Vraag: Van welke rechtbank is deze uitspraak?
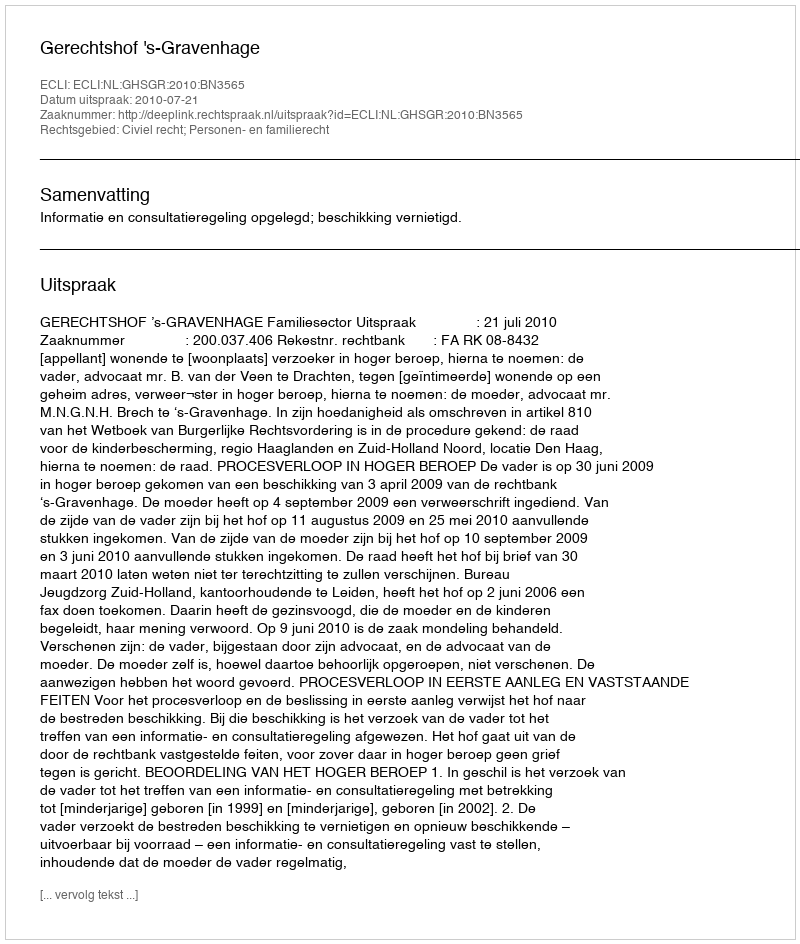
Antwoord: Gerechtshof 's-Gravenhage